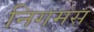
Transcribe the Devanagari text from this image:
निगमस